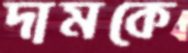
দামকে